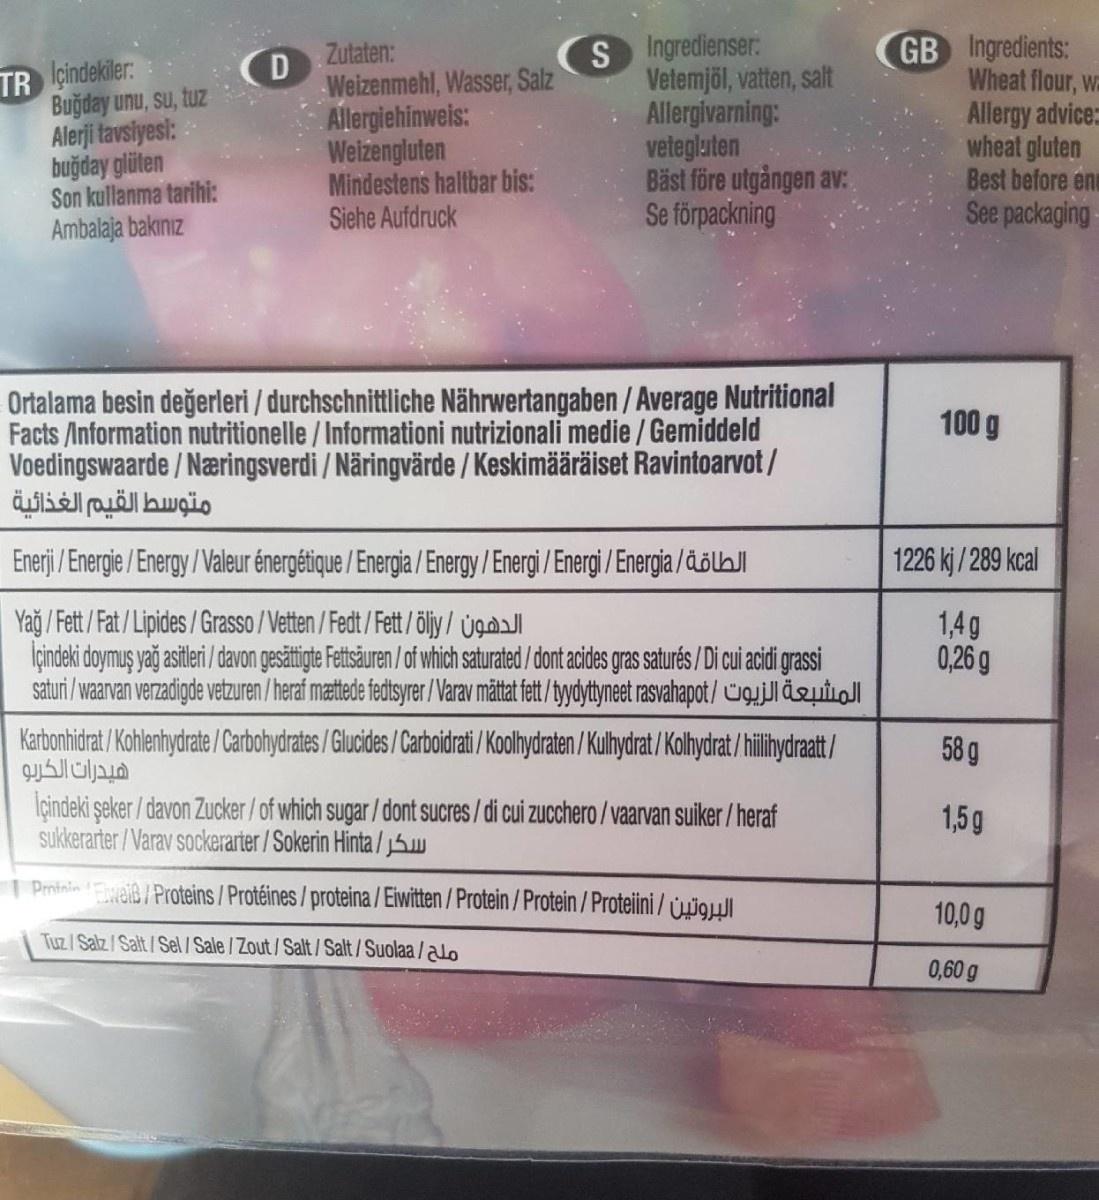
S Ingredienser: Vetemjöl, vatten, salt Allergivarning: vetegluten Bäst före utgången av: Se förpackning
GB Ingredients: Wheat flour, wa Allergy advice wheat gluten Best before ene See packaging
Zutaten:
TR çindekiler: Buğday unu, su, tuz Alerji tavsiyesi: : buğday glüten Son kullanma tarihi: Ambalaja bakınız
(D
Weizenmehl, Wasser, Salz Allergiehinweis: Weiżengluten
Mindestens haltbar bis: Siehe Aufdruck
Ortalama besin değerleri / durchschnittliche Nährwertangaben / Average Nutritional Facts /Information nutritionelle / Informationi nutrizionali medie / Gemiddeld Voedingswaarde / Næringsverdi / Näringvärde / Keskimääräiset Ravintoarvot/ متوسط القيم الغذائية
100 g
Enerji/Energie / Energy / Valeur énergétique / Energia / Energy / Energi /Energi /Energia /äölb
1226 kj / 289 kcal
Yağ / Fett / Fat /Lipides / Grasso /Vetten /Fedt /Fett /öly / Úgm İçindeki doymuş yağ asitleri davon gesätite etsuren/of which saturated /dont acides gras saturés / Di cui acidi grassi saturi /waarvan verzadigde vetzuren /heraf mættede fedtsyrer/Varav mättat ft/ tydytyneet rasvahapot/Cgujul äeuioll
1,4g 0,26 g
Karbonhidrat / Kohlenhydrate /Carbohydrates/Glucides/Carboidrati / Koolhydraten / Kulhydrat /Kolhydrat /hilihydraat/ هيدرات الكريو
58 g
Içindeki şeker / davon Zucker/of which sugar / dont sucres/di cui zucchero/vaarvan suiker/heraf sukkerarter / Varav sockerarter / Sokerin Hinta / S
1,5g
I Protnie Ewaid / Proteins / Protéines/proteina / Eiwitten /Protein /Protein /Proteiini / uigl
10,0 g
Tuz/Salz/Salt/Sel /Sale /Zout/Salt/Salt/Suolaa/ao
0,60 g